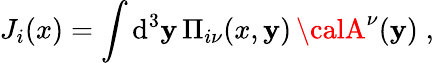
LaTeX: J_{i}(x)=\int\mathrm{d}^{3}\mathbf{y}\, \Pi_{i\nu}(x,\mathbf{y})\, {\calA}^{\nu}(\mathbf{y})\; ,